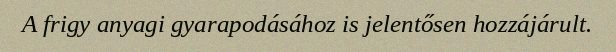
A frigy anyagi gyarapodásához is jelentősen hozzájárult.